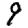
Digit: 9